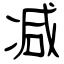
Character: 减